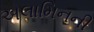
અલામિનની